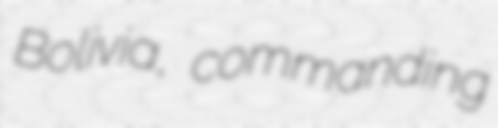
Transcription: Bolivia, commanding